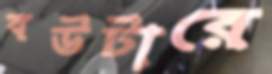
বউটারে